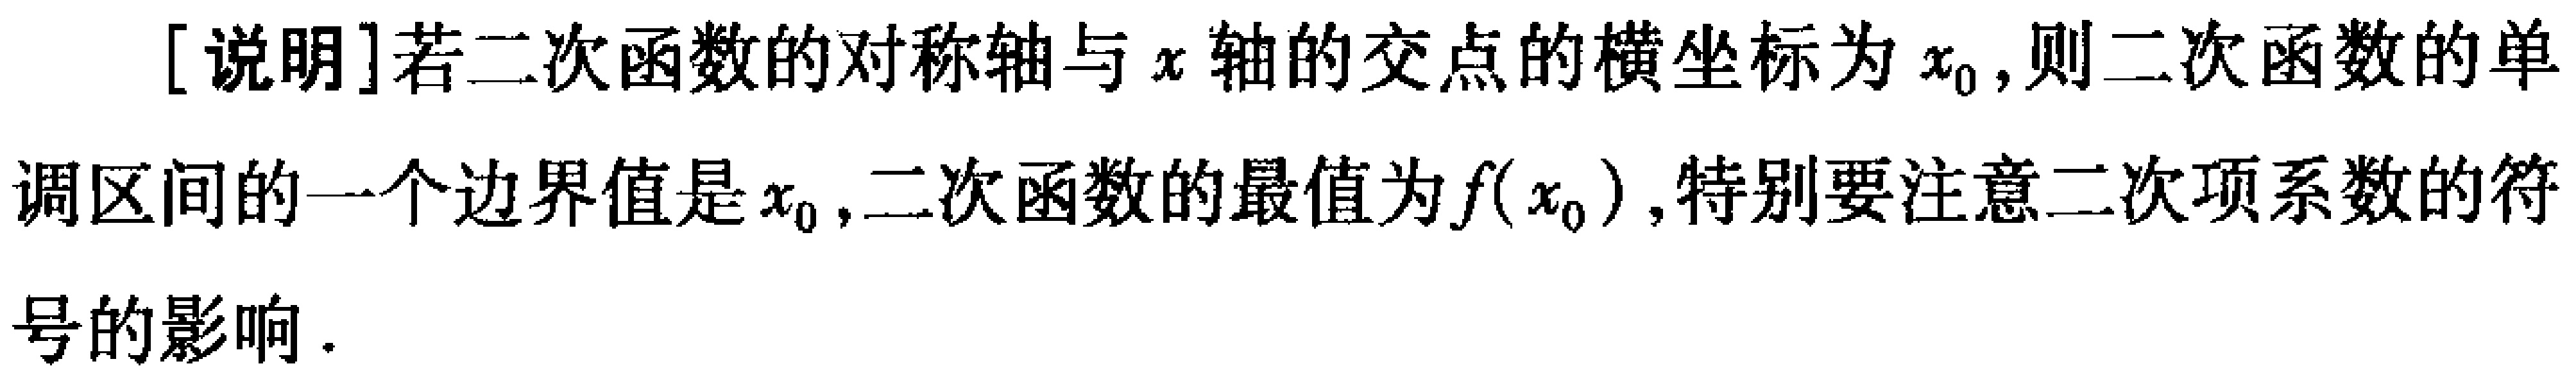
[说明]若二次函数的对称轴与\(x\)轴的交点的横坐标为\(x_{0}\),则二次函数的单调区间的一个边界值是\(x_{0}\),二次函数的最值为\(f(x_{0})\),特别要注意二次项系数的符号的影响.